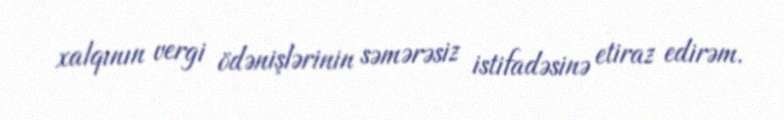
xalqının vergi ödənişlərinin səmərəsiz istifadəsinə etiraz edirəm.